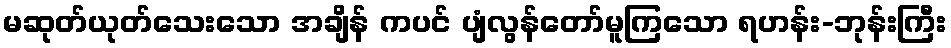
မဆုတ်ယုတ်သေးသော အချိန် ကပင် ပျံလွန်တော်မူကြသော ရဟန်း-ဘုန်းကြီး